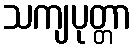
သကျပုတ္တာ